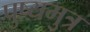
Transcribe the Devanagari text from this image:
पुष्यमुत्र